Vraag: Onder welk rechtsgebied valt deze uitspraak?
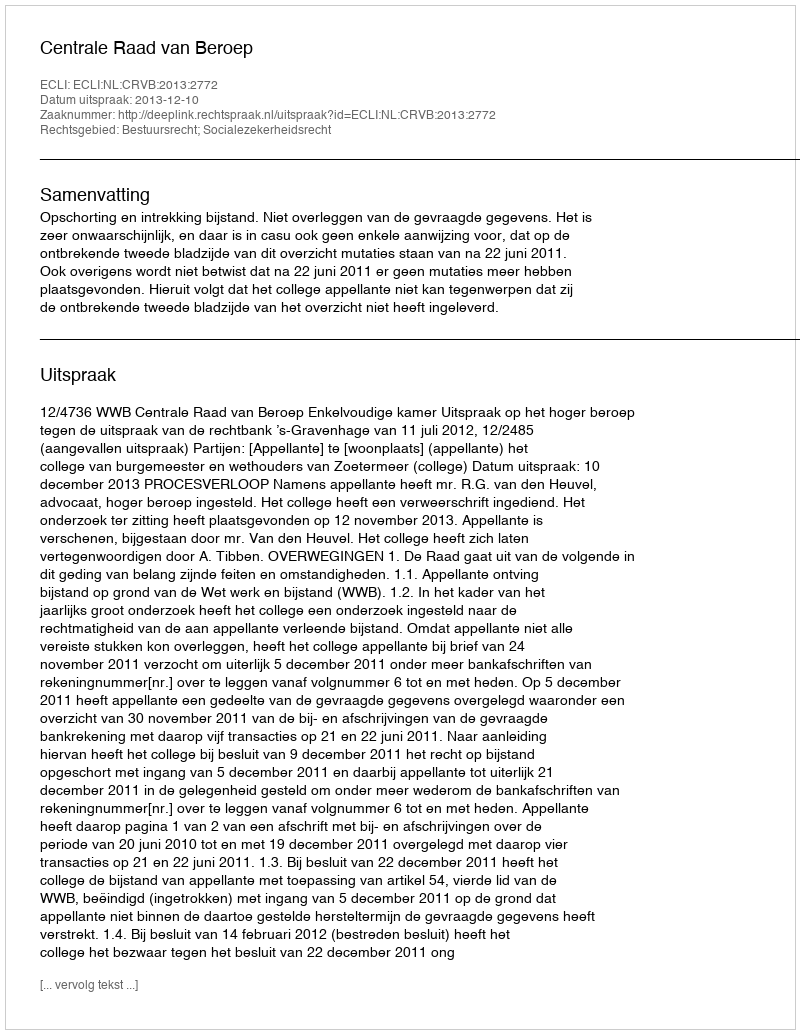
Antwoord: Bestuursrecht; Socialezekerheidsrecht